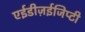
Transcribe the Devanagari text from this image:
एईडीज़ईजिप्टी